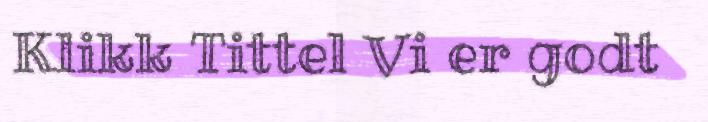
Klikk Tittel Vi er godt